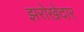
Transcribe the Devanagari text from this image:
झरोखेदार